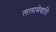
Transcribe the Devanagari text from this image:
ललामेवाति